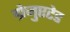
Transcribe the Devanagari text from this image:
ग्रेजुएटेड